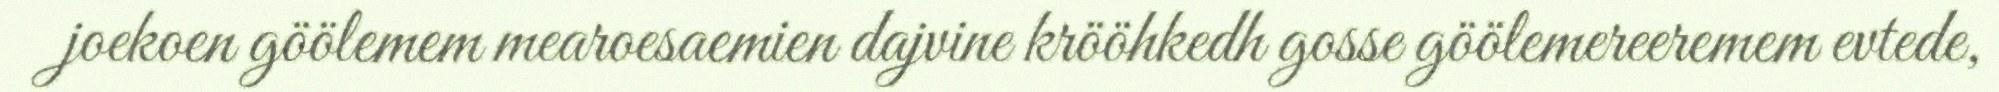
joekoen göölemem mearoesaemien dajvine krööhkedh gosse göölemereeremem evtede,